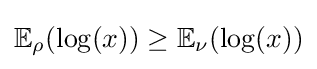
\mathbb {E} _{\rho }(\log(x))\geq \mathbb {E} _{\nu }(\log(x))